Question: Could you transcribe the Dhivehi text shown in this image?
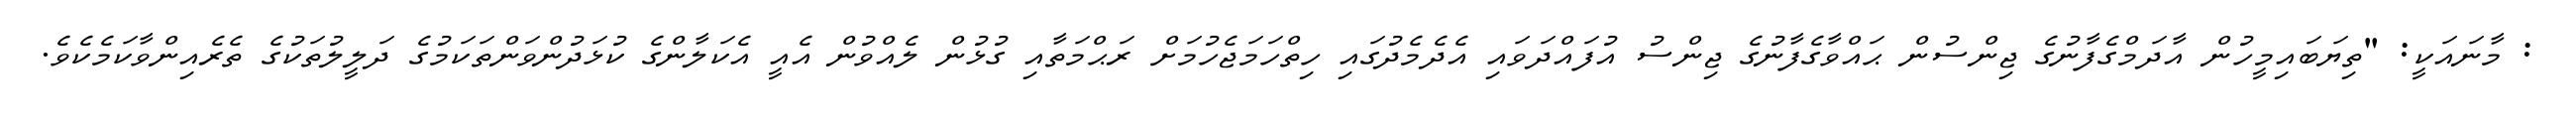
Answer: : މާނައަކީ: "ތިޔަބައިމީހުން އާދަމްގެފާނުގެ ޖިންސުން ޙައްވާގެފާނުގެ ޖިންސު އުފައްދަވައި އެދެމެދުގައި ހިތްހަމަޖެހުމަށް ރަޙްމަތާއި ގުޅުން ލެއްވުން އެއީ އެކަލާންގެ ކުޅަދުންވަންތަކަމުގެ ދަލީލުތަކުގެ ތެރެއިންވާކަމެކެވެ.